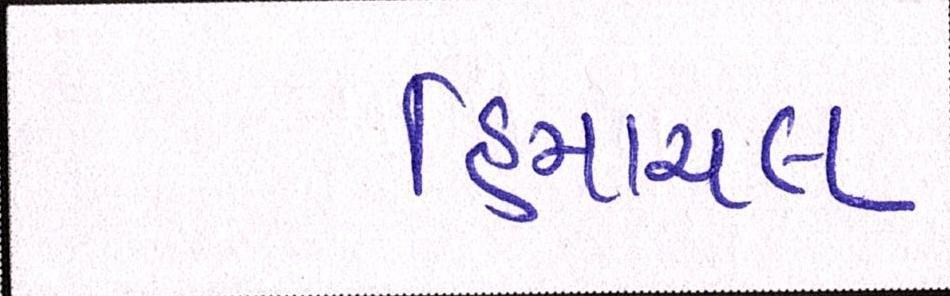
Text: હિમાચલ